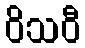
ဝိသဝီ